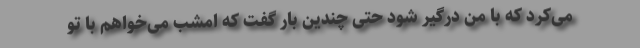
می‌کرد که با من درگیر شود حتی چندین بار گفت که امشب می‌خواهم با تو